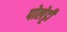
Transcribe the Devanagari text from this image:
पोलेट्टी